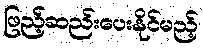
ဖြည့်ဆည်းပေးနိုင်မည့်